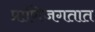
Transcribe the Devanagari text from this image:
प्राणिजगतात